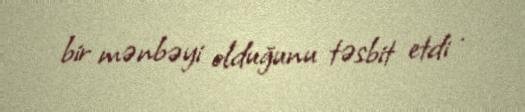
bir mənbəyi olduğunu təsbit etdi .